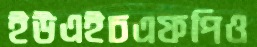
ইউএইচএফপিও